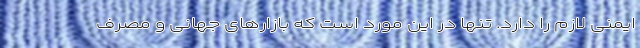
ایمنی لازم را دارد. تنها در این مورد است که بازارهای جهانی و مصرف